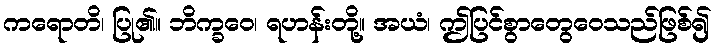
ကရောတိ၊ ပြု၏။ ဘိက္ခဝေ၊ ရဟန်းတို့။ အယံ၊ ဤပြင်စွာတွေဝေသည်ဖြစ်၍